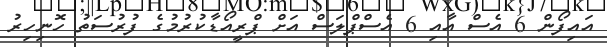
އައިފޯން 6 އެސް އާއި 6 އެސްޕްލަސް އަށް ޕްރީއޯޑާކުރުމުގެ ފުރުސަތު ހޮނިހިރު